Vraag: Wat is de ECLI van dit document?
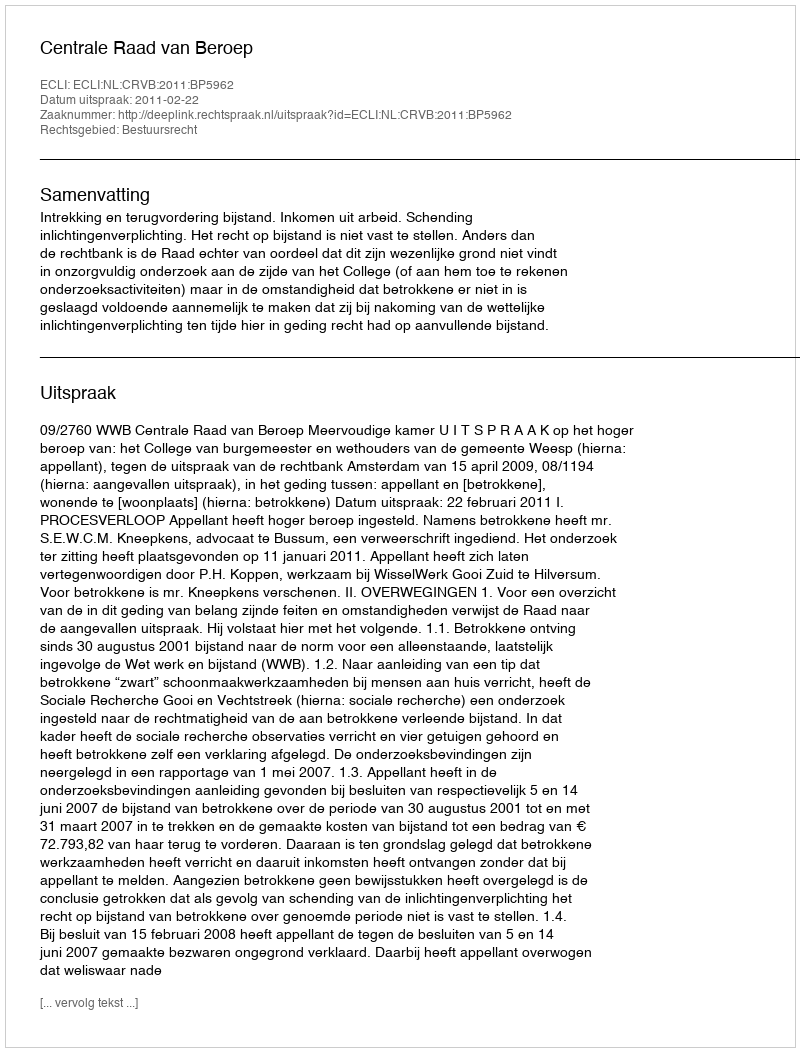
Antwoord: ECLI:NL:CRVB:2011:BP5962